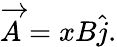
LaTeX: \overrightarrow{A}=xB\widehat{j}.